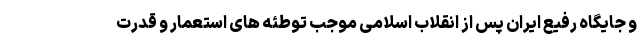
و جایگاه رفیع ایران پس از انقلاب اسلامی موجب توطئه های استعمار و قدرت